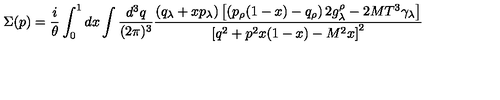
\Sigma ( p ) = { \frac { i } { \theta } } \int _ { 0 } ^ { 1 } d x \int { \frac { d ^ { 3 } q } { ( 2 \pi ) ^ { 3 } } } { \frac { \left( q _ { \lambda } + x p _ { \lambda } \right) \left[ \left( p _ { \rho } ( 1 - x ) - q _ { \rho } \right) 2 g _ { \lambda } ^ { \rho } - 2 M T ^ { 3 } \gamma _ { \lambda } \right] } { \left[ q ^ { 2 } + p ^ { 2 } x ( 1 - x ) - M ^ { 2 } x \right] ^ { 2 } } }